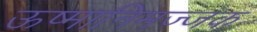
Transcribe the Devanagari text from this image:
ऊष्मानिमज्जक